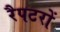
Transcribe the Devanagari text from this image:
रैपटरों